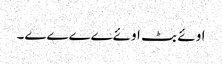
اوئے بٹ اوئےےےےے۔